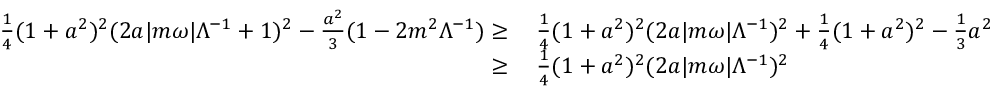
\begin{array} { r l } { \frac { 1 } { 4 } ( 1 + a ^ { 2 } ) ^ { 2 } ( 2 a | m \omega | \Lambda ^ { - 1 } + 1 ) ^ { 2 } - \frac { a ^ { 2 } } { 3 } ( 1 - 2 m ^ { 2 } \Lambda ^ { - 1 } ) \geq } & { \: \frac { 1 } { 4 } ( 1 + a ^ { 2 } ) ^ { 2 } ( 2 a | m \omega | \Lambda ^ { - 1 } ) ^ { 2 } + \frac { 1 } { 4 } ( 1 + a ^ { 2 } ) ^ { 2 } - \frac { 1 } { 3 } a ^ { 2 } } \\ { \geq } & { \: \frac { 1 } { 4 } ( 1 + a ^ { 2 } ) ^ { 2 } ( 2 a | m \omega | \Lambda ^ { - 1 } ) ^ { 2 } } \end{array}